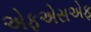
એફએસએફ